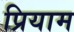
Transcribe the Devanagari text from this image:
प्रियाम